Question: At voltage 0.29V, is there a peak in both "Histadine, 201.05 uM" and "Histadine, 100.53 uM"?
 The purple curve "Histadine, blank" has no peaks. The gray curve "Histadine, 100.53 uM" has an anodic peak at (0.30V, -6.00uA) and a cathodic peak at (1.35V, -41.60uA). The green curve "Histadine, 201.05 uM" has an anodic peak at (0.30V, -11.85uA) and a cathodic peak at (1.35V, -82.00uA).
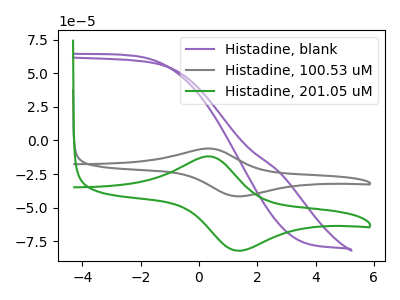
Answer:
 <answer>Yes, "Histadine, 201.05 uM" and "Histadine, 100.53 uM" share a peak at 0.29V.</answer>
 <eval>match</eval>